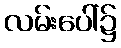
လမ်းပေါ်၌